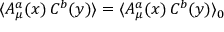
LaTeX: \langle A _ { \mu } ^ { a } ( x ) \, C ^ { b } ( y ) \rangle = \langle A _ { \mu } ^ { a } ( x ) \, C ^ { b } ( y ) \rangle _ { 0 }